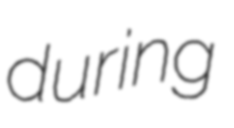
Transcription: during